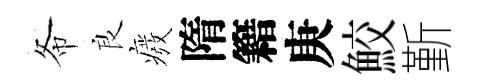
𢁙良癈隋籍庚鮫斳